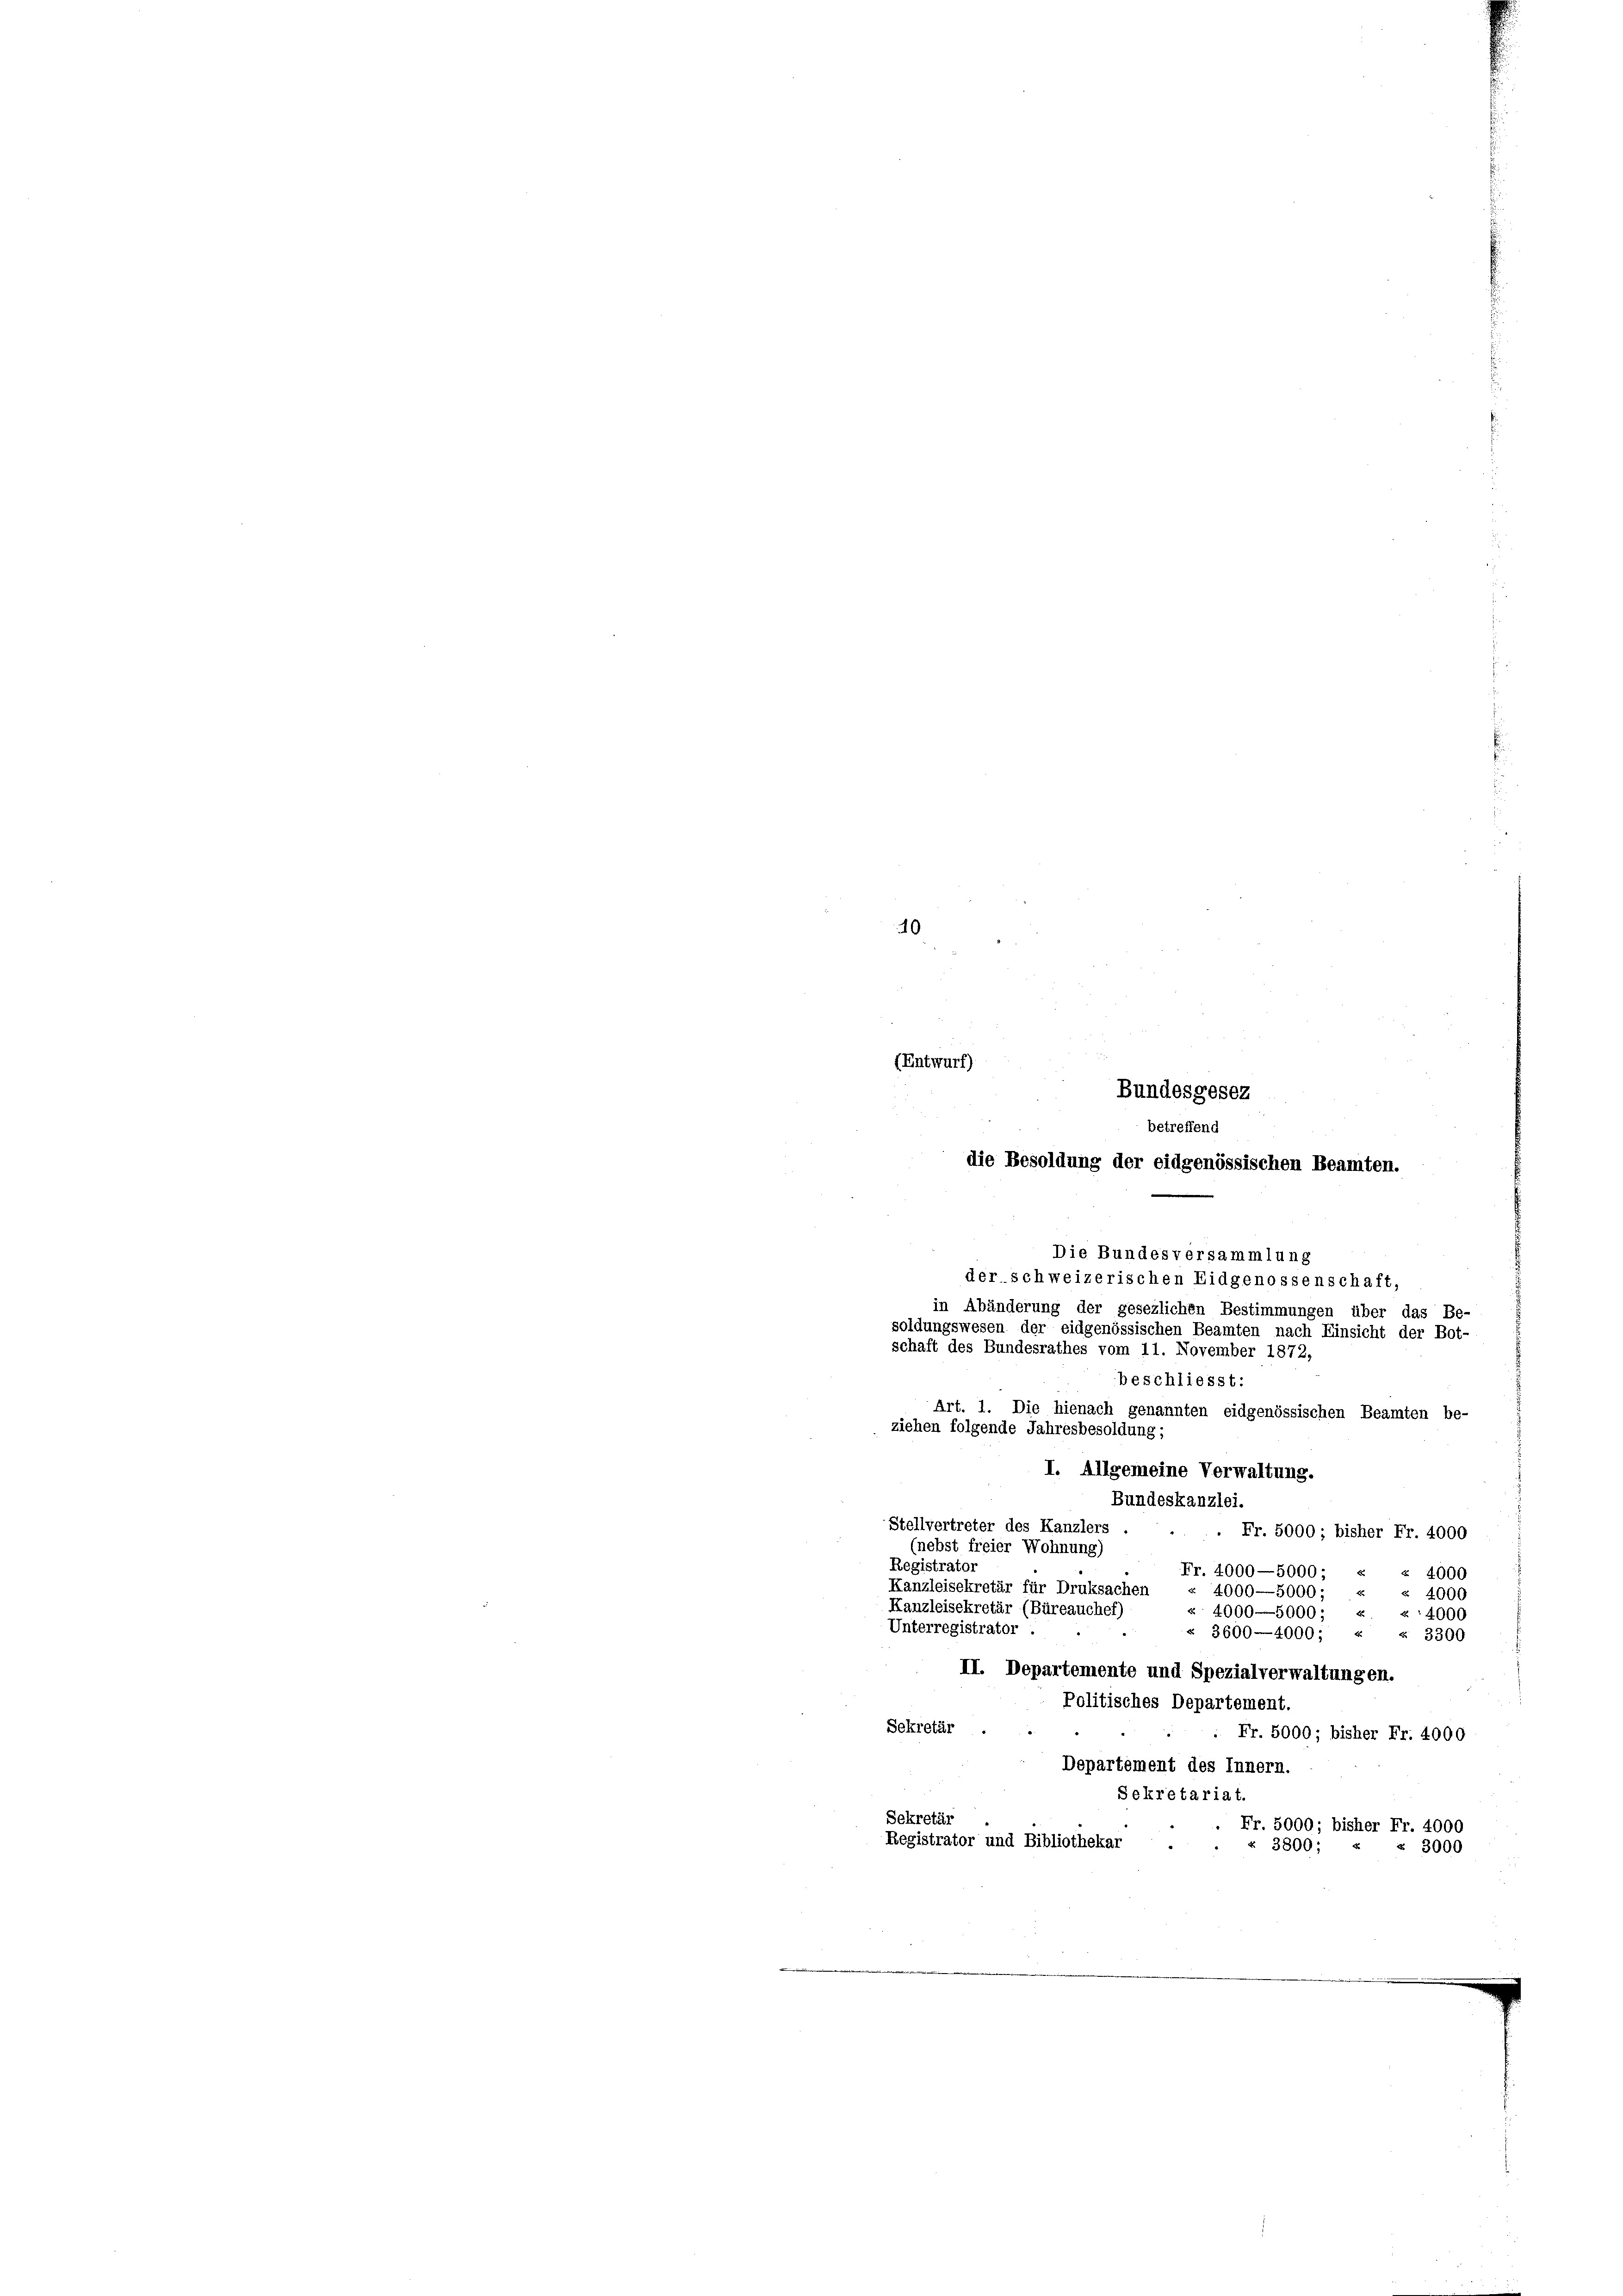
40
(Entwurf)

der. schweizerischen Eidgenossenschaft,
in Abänderung der gesezlichen Bestimmungen über das Be-
soldungswesen der eidgenössischen Beamten nach Einsicht der Bot-
schaft des Bundesrathes vom 11. November 1872,
beschliesst:
Art. 1. Die hienach genannten eidgenössischen Beamten be-
ziehen folgende Jahresbesoldung;
I. Allgemeine Verwaltung.
Bundeskanzlei.
Stellvertreter des Kanzlers .
. Fr. 5000; bisher Fr. 4000
(nebst freier Wohnung)
Registrator
Fr. 4000—5000; « « 4000
Kanzleisekretär für Druksachen
4000—5000; « « 4000
Kanzleisekretär (Büreaucher)
« 4000—5000; « «:4000
Unterregistrator
§ 3600—4000; « « 3300
II. Departemente und Spezialverwaltungen.
Politisches Departement.
Sekretär ...
Fr. 5000; bisher Fr. 4000
Departement des Innern.
Sekretariat.
Sekretär
Fr. 5000; bisher Fr. 4000
Registrator und Bibliothekar
« 3800; « § 3000

betreffend
die Besoldung der eidgenössischen Beamten.
Die Bundesversammlung

Bundesgesez